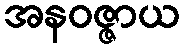
အနဝဇ္ဇာယ